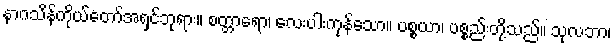
နာဂသိန်ကိုယ်တော်အရှင်ဘုရား။ စတ္တာရော၊ လေးပါးကုန်သော။ ပစ္စယာ၊ ပစ္စည်းတို့သည်။ သုလဘာ၊